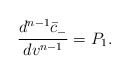
\begin{align*} \frac{d^{n-1}\bar{c}_-}{dv^{n-1}}=P_1.\end{align*}